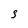
Character: S